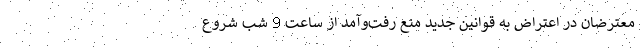
معترضان در اعتراض به قوانین جدید منع رفت‌و‌آمد از ساعت 9 شب شروع